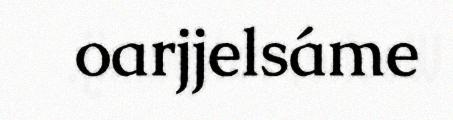
oarjjelsáme